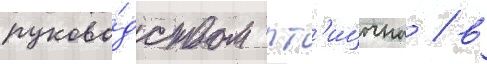
руково́дством пт'ицына / в